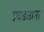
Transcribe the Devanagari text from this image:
उघडताना